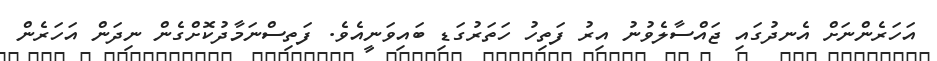
އަހަރެންނަށް އެނދުގައި ޖައްސާލެވުނު އިރު ފަތިހު ހަތަރުގަޑި ބައިވަނީއެވެ. ފަތިސްނަމާދުކޮށްގެން ނިދަން އަހަރެން